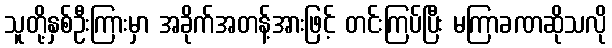
သူတို့နှစ်ဦးကြားမှာ အခိုက်အတန့်အားဖြင့် တင်းကြပ်ပြီး မကြာခဏဆိုသလို